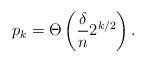
LaTeX: \begin{align*} p_k = \Theta\left(\frac{\delta}{n} 2^{k/2}\right).\end{align*}